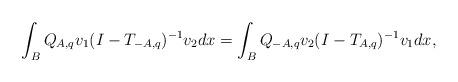
LaTeX: \begin{align*}\int_B Q_{A,q}v_1 (I -T_{-A,q})^{-1}v_2dx= \int_B Q_{-A,q}v_2 (I -T_{A,q})^{-1}v_1dx,\end{align*}